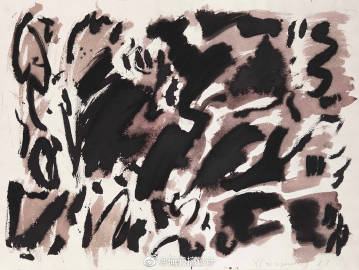
莎衫筠笠。正是村村农务急。